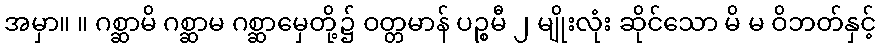
အမှာ။ ။ ဂစ္ဆာမိ ဂစ္ဆာမ ဂစ္ဆာမှေတို့၌ ဝတ္တမာန် ပဉ္စမီ ၂ မျိုးလုံး ဆိုင်သော မိ မ ဝိဘတ်နှင့်